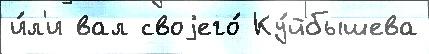
и́л'и вал своjего́ Ку́йбышева